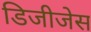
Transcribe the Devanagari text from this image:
डिजीजेस